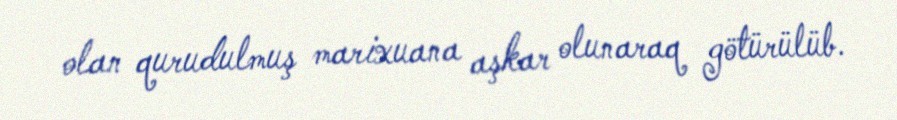
olan qurudulmuş marixuana aşkar olunaraq götürülüb.